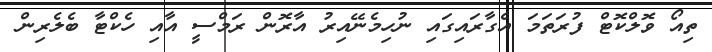
ތިއޯ ވޮލްކޮޓް ފުރަތަމަ އެގާރައިގައި ނުހިމެނޭއިރު އާރޮން ރަމްސީ އާއި ހެކްޓާ ބެލެރިން